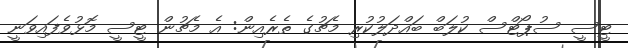
ޓީސީ ސުޕޯޓްސް ކުލަބް ބައްދަލުކުރި މެޗުގެ ތެރެއިން: އެ މެޗުން ޓީސީ މޮޅުވެފައިވަނީ